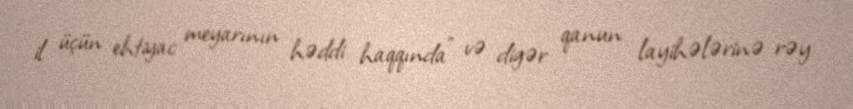
il üçün ehtiyac meyarının həddi haqqında” və digər qanun layihələrinə rəy